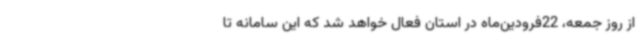
از روز جمعه، 22فرودین‌ماه در استان فعال خواهد شد که این سامانه تا